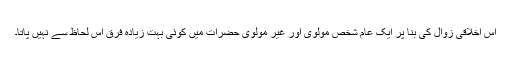
اس اخلاقی زوال کی بنا پر ایک عام شخص مولوی اور غیر مولوی حضرات میں کوئی بہت زیادہ فرق اس لحاظ سے نہیں پاتا۔